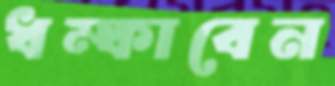
ধম্‌কাবেন